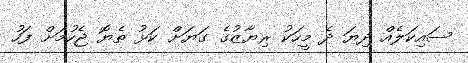
ސައިކަލެއް ދިޔަ ދެ މީހަކު ރިޔާޒުގެ ގަޔަށް ކަޅު ތެޔޮ ޖެހުމަށް ފަހު